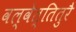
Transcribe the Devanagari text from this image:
वल्वेत्तितुरै